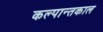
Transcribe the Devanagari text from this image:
कल्पान्तकाल